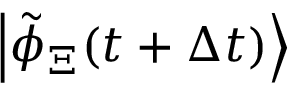
\left| \tilde { \phi } _ { \Xi } ( t + \Delta t ) \right\rangle